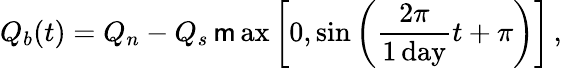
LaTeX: Q_{b}(t)=Q_{n}-Q_{s}\operatorname*{\mathsf{m}ax}\left[0,\sin\left(\frac{{2\pi}}{{1\, \mathrm{{day}}}}t+\pi\right)\right]\, ,